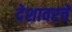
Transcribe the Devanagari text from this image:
देशावरचे